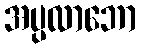
အပ္ပလာဘော